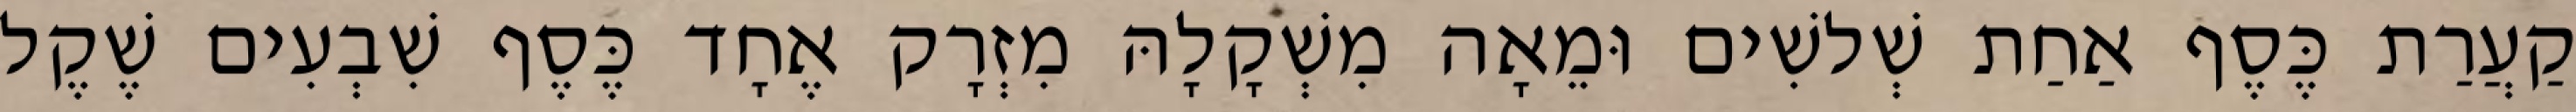
קַעֲרַת כֶּסֶף אַחַת שְׁלשִׁים וּמֵאָה מִשְׁקָלָהּ מִזְרָק אֶחָד כֶּסֶף שִׁבְעִים שֶׁקֶל